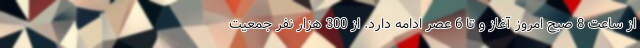
از ساعت 8 صبح امروز آغاز و تا 6 عصر ادامه دارد. از 300 هزار نفر جمعیت